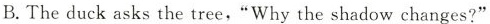
B.The duck asks the tree,"Why the shadow changes?"